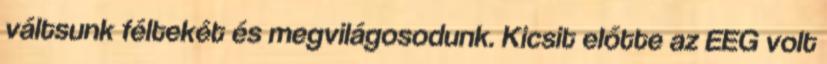
váltsunk féltekét és megvilágosodunk. Kicsit előtte az EEG volt